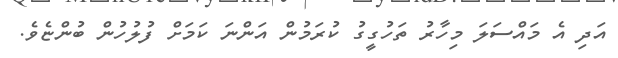
އަދި އެ މައްސަލަ މިހާރު ތަހުގީގު ކުރަމުން އަންނަ ކަމަށް ފުލުހުން ބުންޏެވެ.